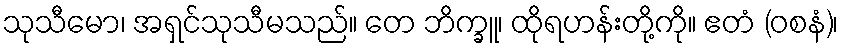
သုသီမော၊ အရှင်သုသီမသည်။ တေ ဘိက္ခူ၊ ထိုရဟန်းတို့ကို။ ဧတံ (ဝစနံ)၊